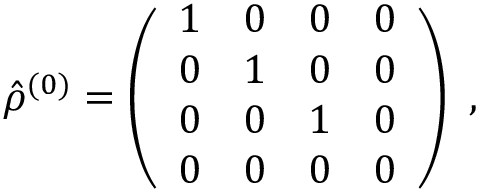
\hat { \rho } ^ { ( 0 ) } = \left( \begin{array} { l l l l } { 1 } & { 0 } & { 0 } & { 0 } \\ { 0 } & { 1 } & { 0 } & { 0 } \\ { 0 } & { 0 } & { 1 } & { 0 } \\ { 0 } & { 0 } & { 0 } & { 0 } \end{array} \right) \mathrm { ~ , ~ }